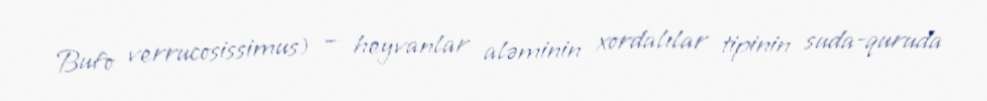
Bufo verrucosissimus) — heyvanlar aləminin xordalılar tipinin suda-quruda